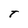
Character: T